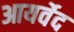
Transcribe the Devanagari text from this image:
आयर्वेद